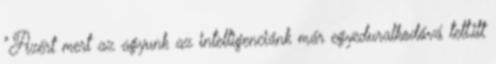
"Azért mert az agyunk az intelligenciánk már egyeduralkodóvá tett,itt